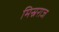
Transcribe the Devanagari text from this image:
मिस्रराज